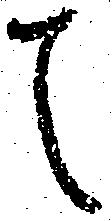
て